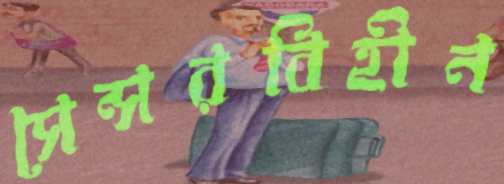
সেন্সরবিহীন